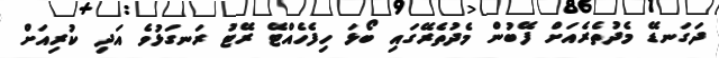
ދަގަނޑޭ މެދުތެރެއަށް ފޭބުން މެދުތެރޭގައި ބޯޅަ ހިފެހެއްޓޭ ރޭޓު ރަނގަޅުވެ އަދި ކުރިއަށް